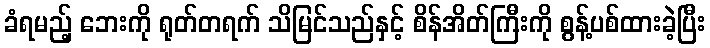
ခံရမည့် ဘေးကို ရုတ်တရက် သိမြင်သည်နှင့် စိန်အိတ်ကြီးကို စွန့်ပစ်ထားခဲ့ပြီး